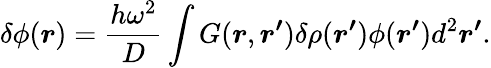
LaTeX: \delta\phi(\boldsymbol{r})=\frac{h\omega^{2}}{D}\int G(\boldsymbol{r},\boldsymbol{r^{\prime}})\delta\rho(\boldsymbol{r^{\prime}})\phi(\boldsymbol{r^{\prime}})d^{2}\boldsymbol{r^{\prime}}.